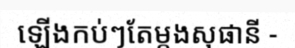
ឡើងកប់ៗតែម្តងសុផានី -